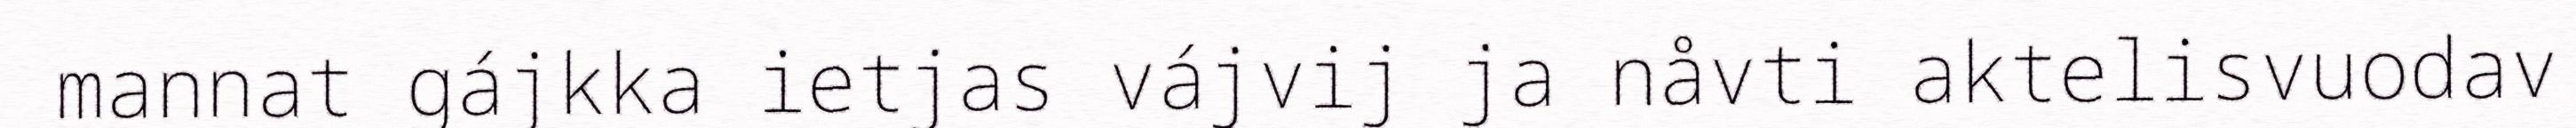
mannat gájkka ietjas vájvij ja nåvti aktelisvuodav